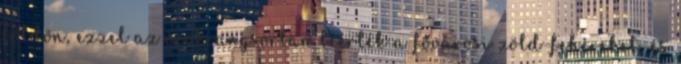
földön, ezzel az örökrangsorban beérték a fővárosi zöld-fehéreket, és